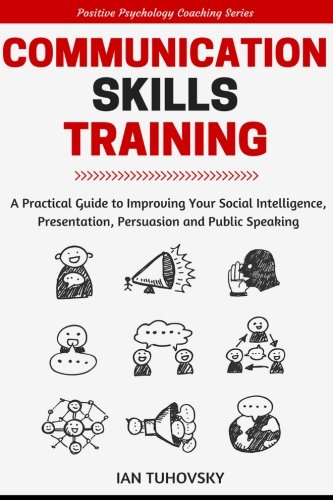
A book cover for Communication Skills: A Practical Guide to Improving Your Social Intelligence, Presentation, Persuasion and Public Speaking (Positive Psychology Coaching Series Book) (Volume 9); Ian Tuhovsky; Self-Help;